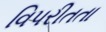
વિપરીતતા